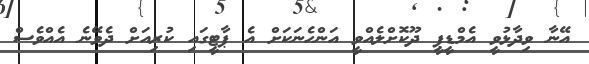
އޭނާ ވިދާޅުވީ އެމްޑީޕީ ދޫކޮށްލެއްވީ އަންހެނަކަށް އެ ޕާޓީގައި ކުރިއަށް ދެވޭނެ އެއްވެސް